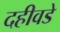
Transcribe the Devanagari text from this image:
दहीवडे